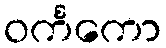
ဝင်္ကကော